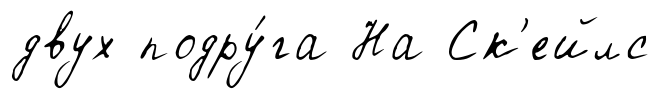
двух подру́га На Ск'ейлс